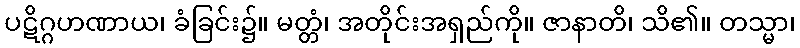
ပဋိဂ္ဂဟဏာယ၊ ခံခြင်း၌။ မတ္တံ၊ အတိုင်းအရှည်ကို။ ဇာနာတိ၊ သိ၏။ တသ္မာ၊